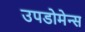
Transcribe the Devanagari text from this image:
उपडोमेन्स